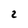
Character: 2